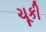
ચૂકી